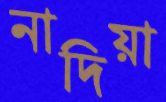
নাদিয়া